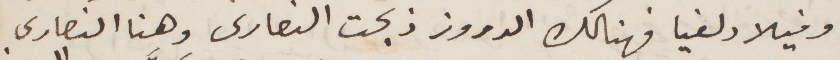
وفيلادلفيا فهناك الدروز ذبحت النصارى وهنا النصارى